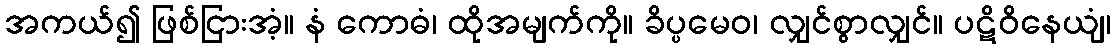
အကယ်၍ ဖြစ်ငြားအံ့။ နံ ကောဓံ၊ ထိုအမျက်ကို။ ခိပ္ပမေဝ၊ လျှင်စွာလျှင်။ ပဋိဝိနေယျံ၊